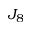
J _ { 8 }